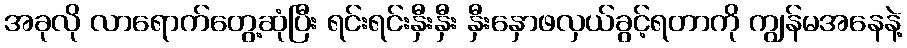
အခုလို လာရောက်တွေ့ဆုံပြီး ရင်းရင်းနှီးနှီး နှီးနှောဖလှယ်ခွင့်ရတာကို ကျွန်မအနေနဲ့